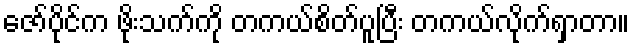
ဇော်ပိုင်က ဖိုးသက်ကို တကယ်စိတ်ပူပြီး တကယ်လိုက်ရှာတာ။